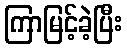
ကြာမြင့်ခဲ့ပြီး